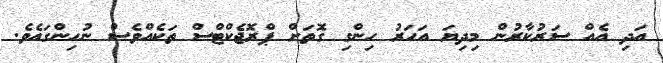
އަދި އެއް ސަރުކާރުން މިދިޔަ އަހަރު ހިންގި ގޮތަށް ޕްރޮޖެކްޓްސް ތަކެއްވެސް ނުހިންގައެވެ.